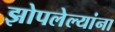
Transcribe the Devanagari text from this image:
झोपलेल्यांना